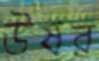
উষর